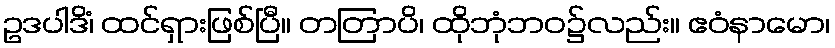
ဥဒပါဒိံ၊ ထင်ရှားဖြစ်ပြီ။ တတြာပိ၊ ထိုဘုံဘဝ၌လည်း။ ဧဝံနာမော၊